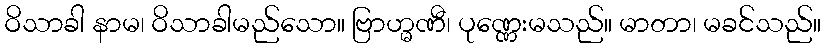
ဝိသာခါ နာမ၊ ဝိသာခါမည်သော။ ဗြာဟ္မဏီ၊ ပုဏ္ဏေးမသည်။ မာတာ၊ မခင်သည်။